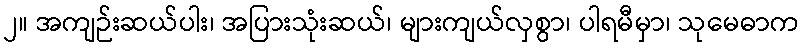
၂။ အကျဉ်းဆယ်ပါး၊ အပြားသုံးဆယ်၊ များကျယ်လှစွာ၊ ပါရမီမှာ၊ သုမေဓာက